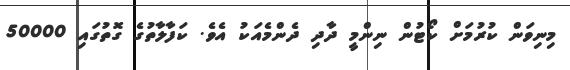
މިނިވަން ކުރުމަށް ކޯޓުން ނިންމީ ދާދި ދެންމެއަކު އެވެ. ކަފާލާތުގެ ގޮތުގައި 50000